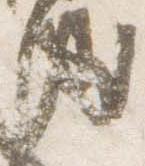
風